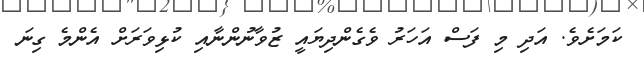
ކަމަށެވެ. އަދި މި ފަސް އަހަރު ވެގެންދިޔައީ ޒުވާނުންނާއި ކުޅިވަރަށް އެންމެ ގިނަ